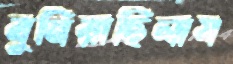
বুনিয়াছিলাম